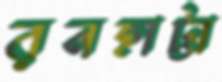
রনহাট্টা